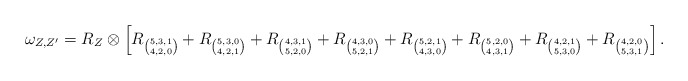
\begin{align*}\omega_{Z,Z'}=R_Z\otimes\left[R_{\binom{5,3,1}{4,2,0}}+R_{\binom{5,3,0}{4,2,1}}+R_{\binom{4,3,1}{5,2,0}}+R_{\binom{4,3,0}{5,2,1}}+R_{\binom{5,2,1}{4,3,0}}+R_{\binom{5,2,0}{4,3,1}}+R_{\binom{4,2,1}{5,3,0}}+R_{\binom{4,2,0}{5,3,1}}\right].\end{align*}